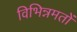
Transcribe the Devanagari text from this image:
विभिन्नमतों